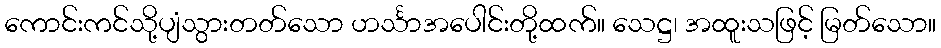
ကောင်းကင်သို့ပျံသွားတတ်သော ဟင်္သာအပေါင်းတို့ထက်။ သေဋ္ဌ၊ အထူးသဖြင့် မြတ်သော။